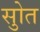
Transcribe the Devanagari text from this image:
सुोत